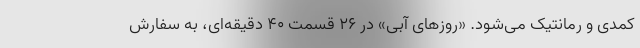
کمدی و رمانتیک می‌شود. «روزهای آبی» در 26 قسمت 40 دقیقه‌ای، به سفارش